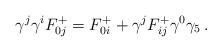
LaTeX: \begin{align*}\gamma^{j} \gamma^{i} F_{0j}^{+}=F_{0i}^{+} +\gamma^{j} F_{ij}^{+} \gamma^{0} \gamma_{5}\, .\end{align*}